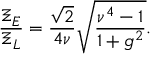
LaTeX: \frac { \Xi _ { E } } { \Xi _ { L } } = \frac { \sqrt { 2 } } { 4 \nu } \sqrt { \frac { \nu ^ { 4 } - 1 } { 1 + g ^ { 2 } } } .